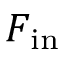
F _ { \mathrm { i n } }